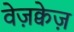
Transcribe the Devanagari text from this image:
वेज़क्वेज़